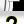
Digit: 2